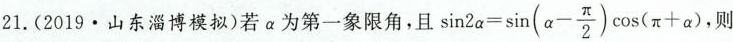
21. (2019 · 山东淄博模拟)若 α 为第一象限角，且 $$\sin 2 α = \sin ( α - \frac { π } { 2 } ) \cos ( π + α )$$